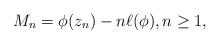
LaTeX: \begin{align*}M_n = \phi(z_n) - n \ell(\phi), n \geq 1,\end{align*}